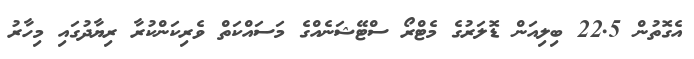
އެގޮތުން 22.5 ބިލިއަން ޑޮލަރުގެ މެޓްރޯ ސްޓޭޝަނެއްގެ މަސައްކަތް ވެރިކަންކުރާ ރިޔާދުގައި މިހާރު